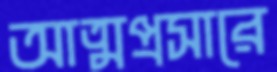
আত্মপ্রসারে